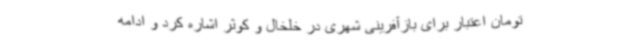
تومان اعتبار برای بازآفرینی شهری در خلخال و کوثر اشاره کرد و ادامه